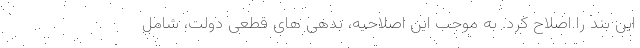
این بند را اصلاح کرد. به موجب این اصلاحیه، بدهی های قطعی دولت، شامل